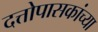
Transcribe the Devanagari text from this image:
दत्तोपासकांच्या